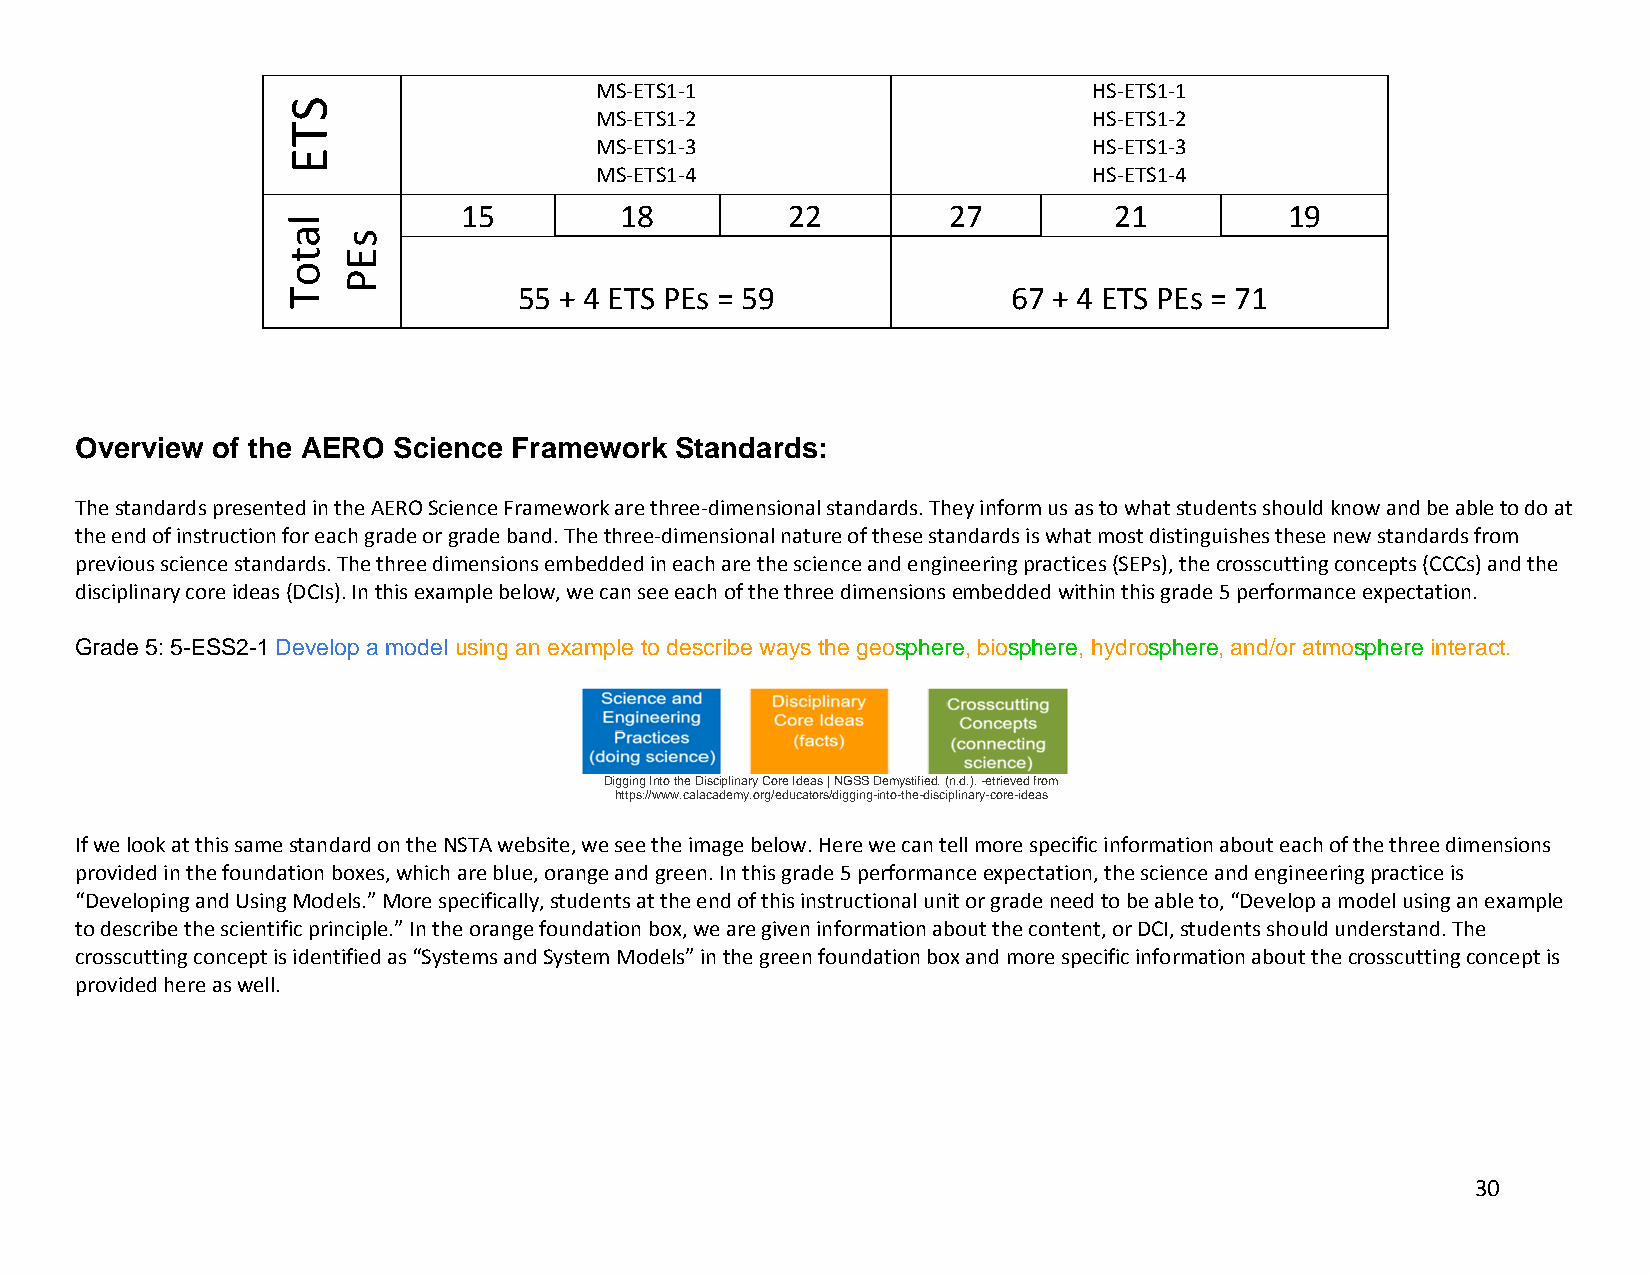
MS‐ETS1‐1                        HS‐ETS1‐1
 MS‐ETS1‐2                        HS‐ETS1‐2
 MS‐ETS1‐3                        HS‐ETS1‐3
 MS‐ETS1‐4                        HS‐ETS1‐4
 15        18         22         27         21         19
 55 + 4 ETS PEs = 59              67 + 4 ETS PEs = 71
 Overview of the AERO Science Framework  Standards:
 The standards presented in the AERO Science Framework are three‐dimensional standards. They inform us as to what students should know and be able to do at
 the end of instruction for each grade or grade band. The three‐dimensional nature of these standards is what most distinguishes these new standards from
 previous science standards. The three dimensions embedded in each are the science and engineering practices (SEPs), the crosscutting concepts (CCCs) and the
 disciplinary core ideas (DCIs). In this example below, we can see each of the three dimensions embedded within this grade 5 performance expectation.
 Grade 5: 5-ESS2-1 Develop a model using an example to describe ways the geosphere, biosphere, hydrosphere, and/or atmosphere interact.
 Digging Into the Disciplinary Core Ideas | NGSS Demystified. (n.d.). -etrieved from
 https://www.calacademy.org/educators/digging-into-the-disciplinary-core-ideas
 If we look at this same standard on the NSTA website, we see the image below. Here we can tell more specific information about each of the three dimensions
 provided in the foundation boxes, which are blue, orange and green. In this grade 5 performance expectation, the science and engineering practice is
 “Developing and Using Models.” More specifically, students at the end of this instructional unit or grade need to be able to, “Develop a model using an example
 to describe the scientific principle.” In the orange foundation box, we are given information about the content, or DCI, students should understand. The
 crosscutting concept is identified as “Systems and System Models” in the green foundation box and more specific information about the crosscutting concept is
 provided here as well.
 30
 STE
 latoT
 sEP